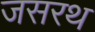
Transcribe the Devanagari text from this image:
जसरथ